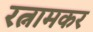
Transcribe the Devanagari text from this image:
रत्नामकर